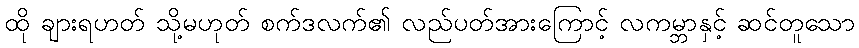
ထို ချားရဟတ် သို့မဟုတ် စက်ဒလက်၏ လည်ပတ်အားကြောင့် လကမ္ဘာနှင့် ဆင်တူသော